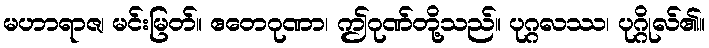
မဟာရာဇ၊ မင်းမြတ်။ ဧတေဂုဏာ၊ ဤဂုဏ်တို့သည်။ ပုဂ္ဂလဿ၊ ပုဂ္ဂိုလ်၏။